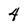
Character: 4